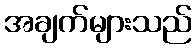
အချက်များသည်